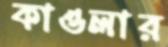
কাওলার